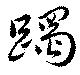
躅